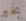
بخير